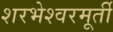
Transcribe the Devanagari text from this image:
शरभेश्वरमूर्ती